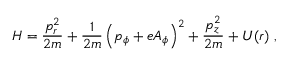
H = \frac { p _ { r } ^ { 2 } } { 2 m } + \frac { 1 } { 2 m } \left( p _ { \phi } + e A _ { \phi } \right) ^ { 2 } + \frac { p _ { z } ^ { 2 } } { 2 m } + U ( r ) \; ,